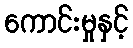
ကောင်းမှုနှင့်